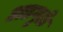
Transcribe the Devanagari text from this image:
अडगुळे